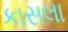
કાસલા